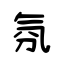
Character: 氛